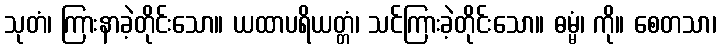
သုတံ၊ ကြားနာခဲ့တိုင်းသော။ ယထာပရိယတ္တံ၊ သင်ကြားခဲ့တိုင်းသော။ ဓမ္မံ၊ ကို။ စေတသာ၊